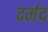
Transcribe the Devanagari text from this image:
दर्मद